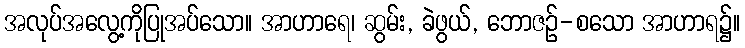
အလုပ်အလွေ့ကိုပြုအပ်သော။ အာဟာရေ၊ ဆွမ်း, ခဲဖွယ်, ဘောဇဉ်-စသော အာဟာရ၌။